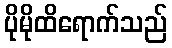
ပိုမိုထိရောက်သည်